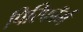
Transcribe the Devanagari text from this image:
पिरिफॉर्म